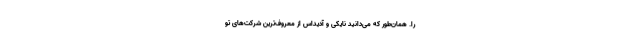
را. همان‌طور که می‌دانید نایکی و آدیداس از معروف‌ترین شرکت‌های تو